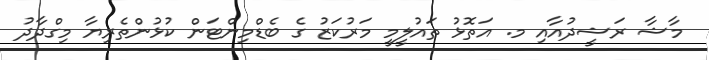
މާޝާ ރަޝީދުއާއި މ. އަތޮޅު ތައުލީމީ މަރުކަޒު ގެ ބެޑްމިންޓަން ކުޅުންތެރިޔާ މިގްދާދު